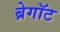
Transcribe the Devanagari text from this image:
ब्रेगॉट